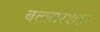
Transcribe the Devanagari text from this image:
बल्लारशहा